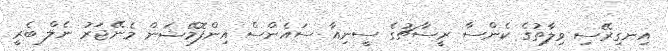
އިނގިރޭސި ވިލާތުގެ ކެންސާ ރީސާޗުގެ ސީނިއާ ސައެންސް އިންފޮމޭޝަން މެނޭޖަރު ނެލް ބެރީ